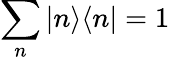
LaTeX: \sum_{n}|n\rangle\langle n|=1